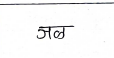
मजकूर: जल